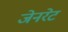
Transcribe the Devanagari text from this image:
जेनरेट